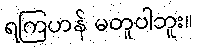
ရကြဟန် မတူပါဘူး။